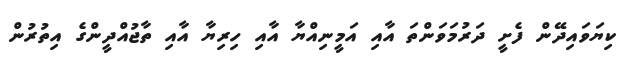
ކިޔަވައިދޭން ފެށީ ދަރުމަވަންތަ އާއި އަމީނިއްޔާ އާއި ހިރިޔާ އާއި ތާޖުއްދީންގެ އިތުރުން